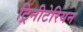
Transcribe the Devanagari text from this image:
ट्रिनीटेरियन